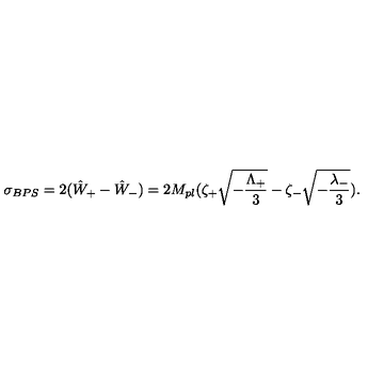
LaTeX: \sigma _ { B P S } = 2 ( { \hat { W } } _ { + } - { \hat { W } } _ { - } ) = 2 M _ { p l } ( \zeta _ { + } \sqrt { - { \frac { \Lambda _ { + } } { 3 } } } - \zeta _ { - } \sqrt { - { \frac { \lambda _ { - } } { 3 } } } ) .